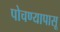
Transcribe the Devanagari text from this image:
पोचण्यापासू